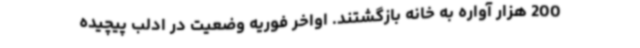
200 هزار آواره به خانه‌ بازگشتند. اواخر فوریه وضعیت در ادلب پیچیده